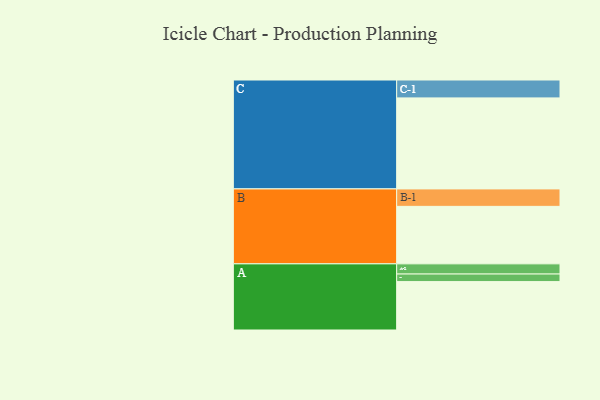
{"axis": {"x": "Segment", "y": "Value"}, "legend": ["", "A", "B", "C"], "data": [{"x": "A", "y": 319, "type": ""}, {"x": "B", "y": 379, "type": ""}, {"x": "C", "y": 600, "type": ""}, {"x": "A-1", "y": 50, "type": "A"}, {"x": "A-2", "y": 67, "type": "A"}, {"x": "B-1", "y": 115, "type": "B"}, {"x": "C-1", "y": 118, "type": "C"}]}